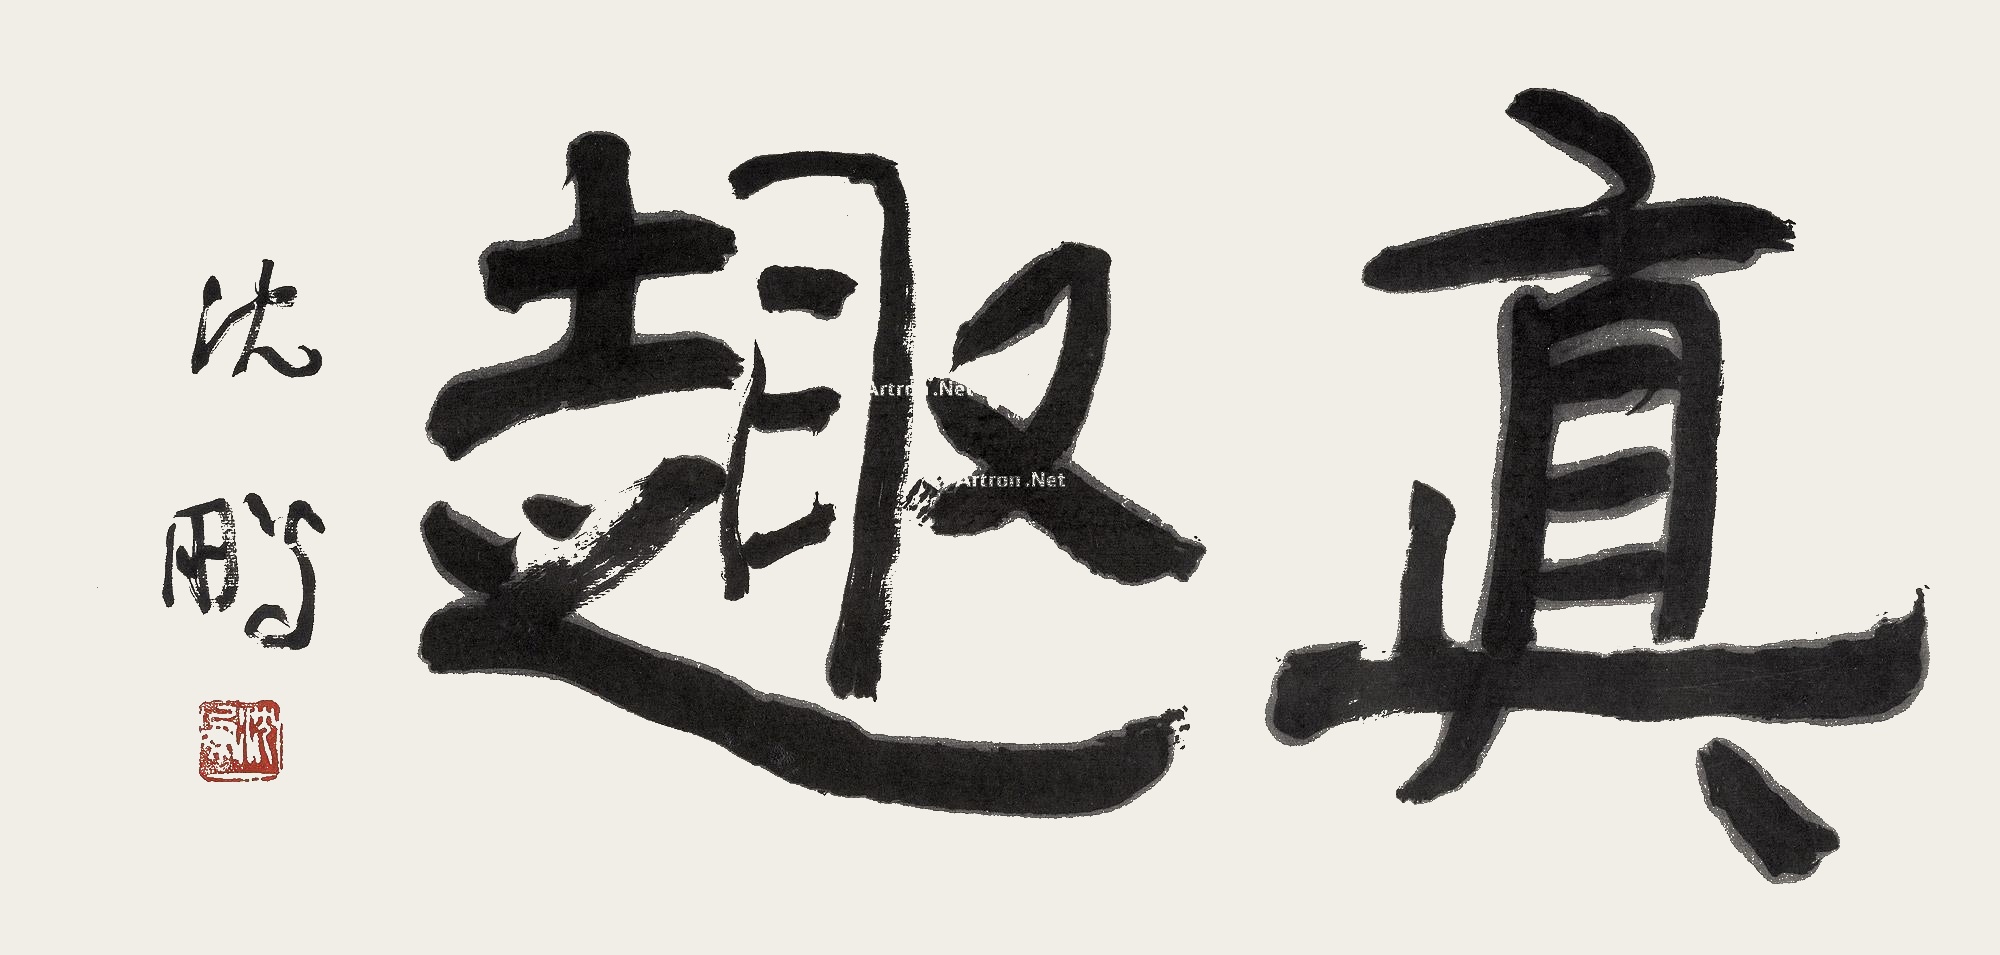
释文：真趣沈鹏